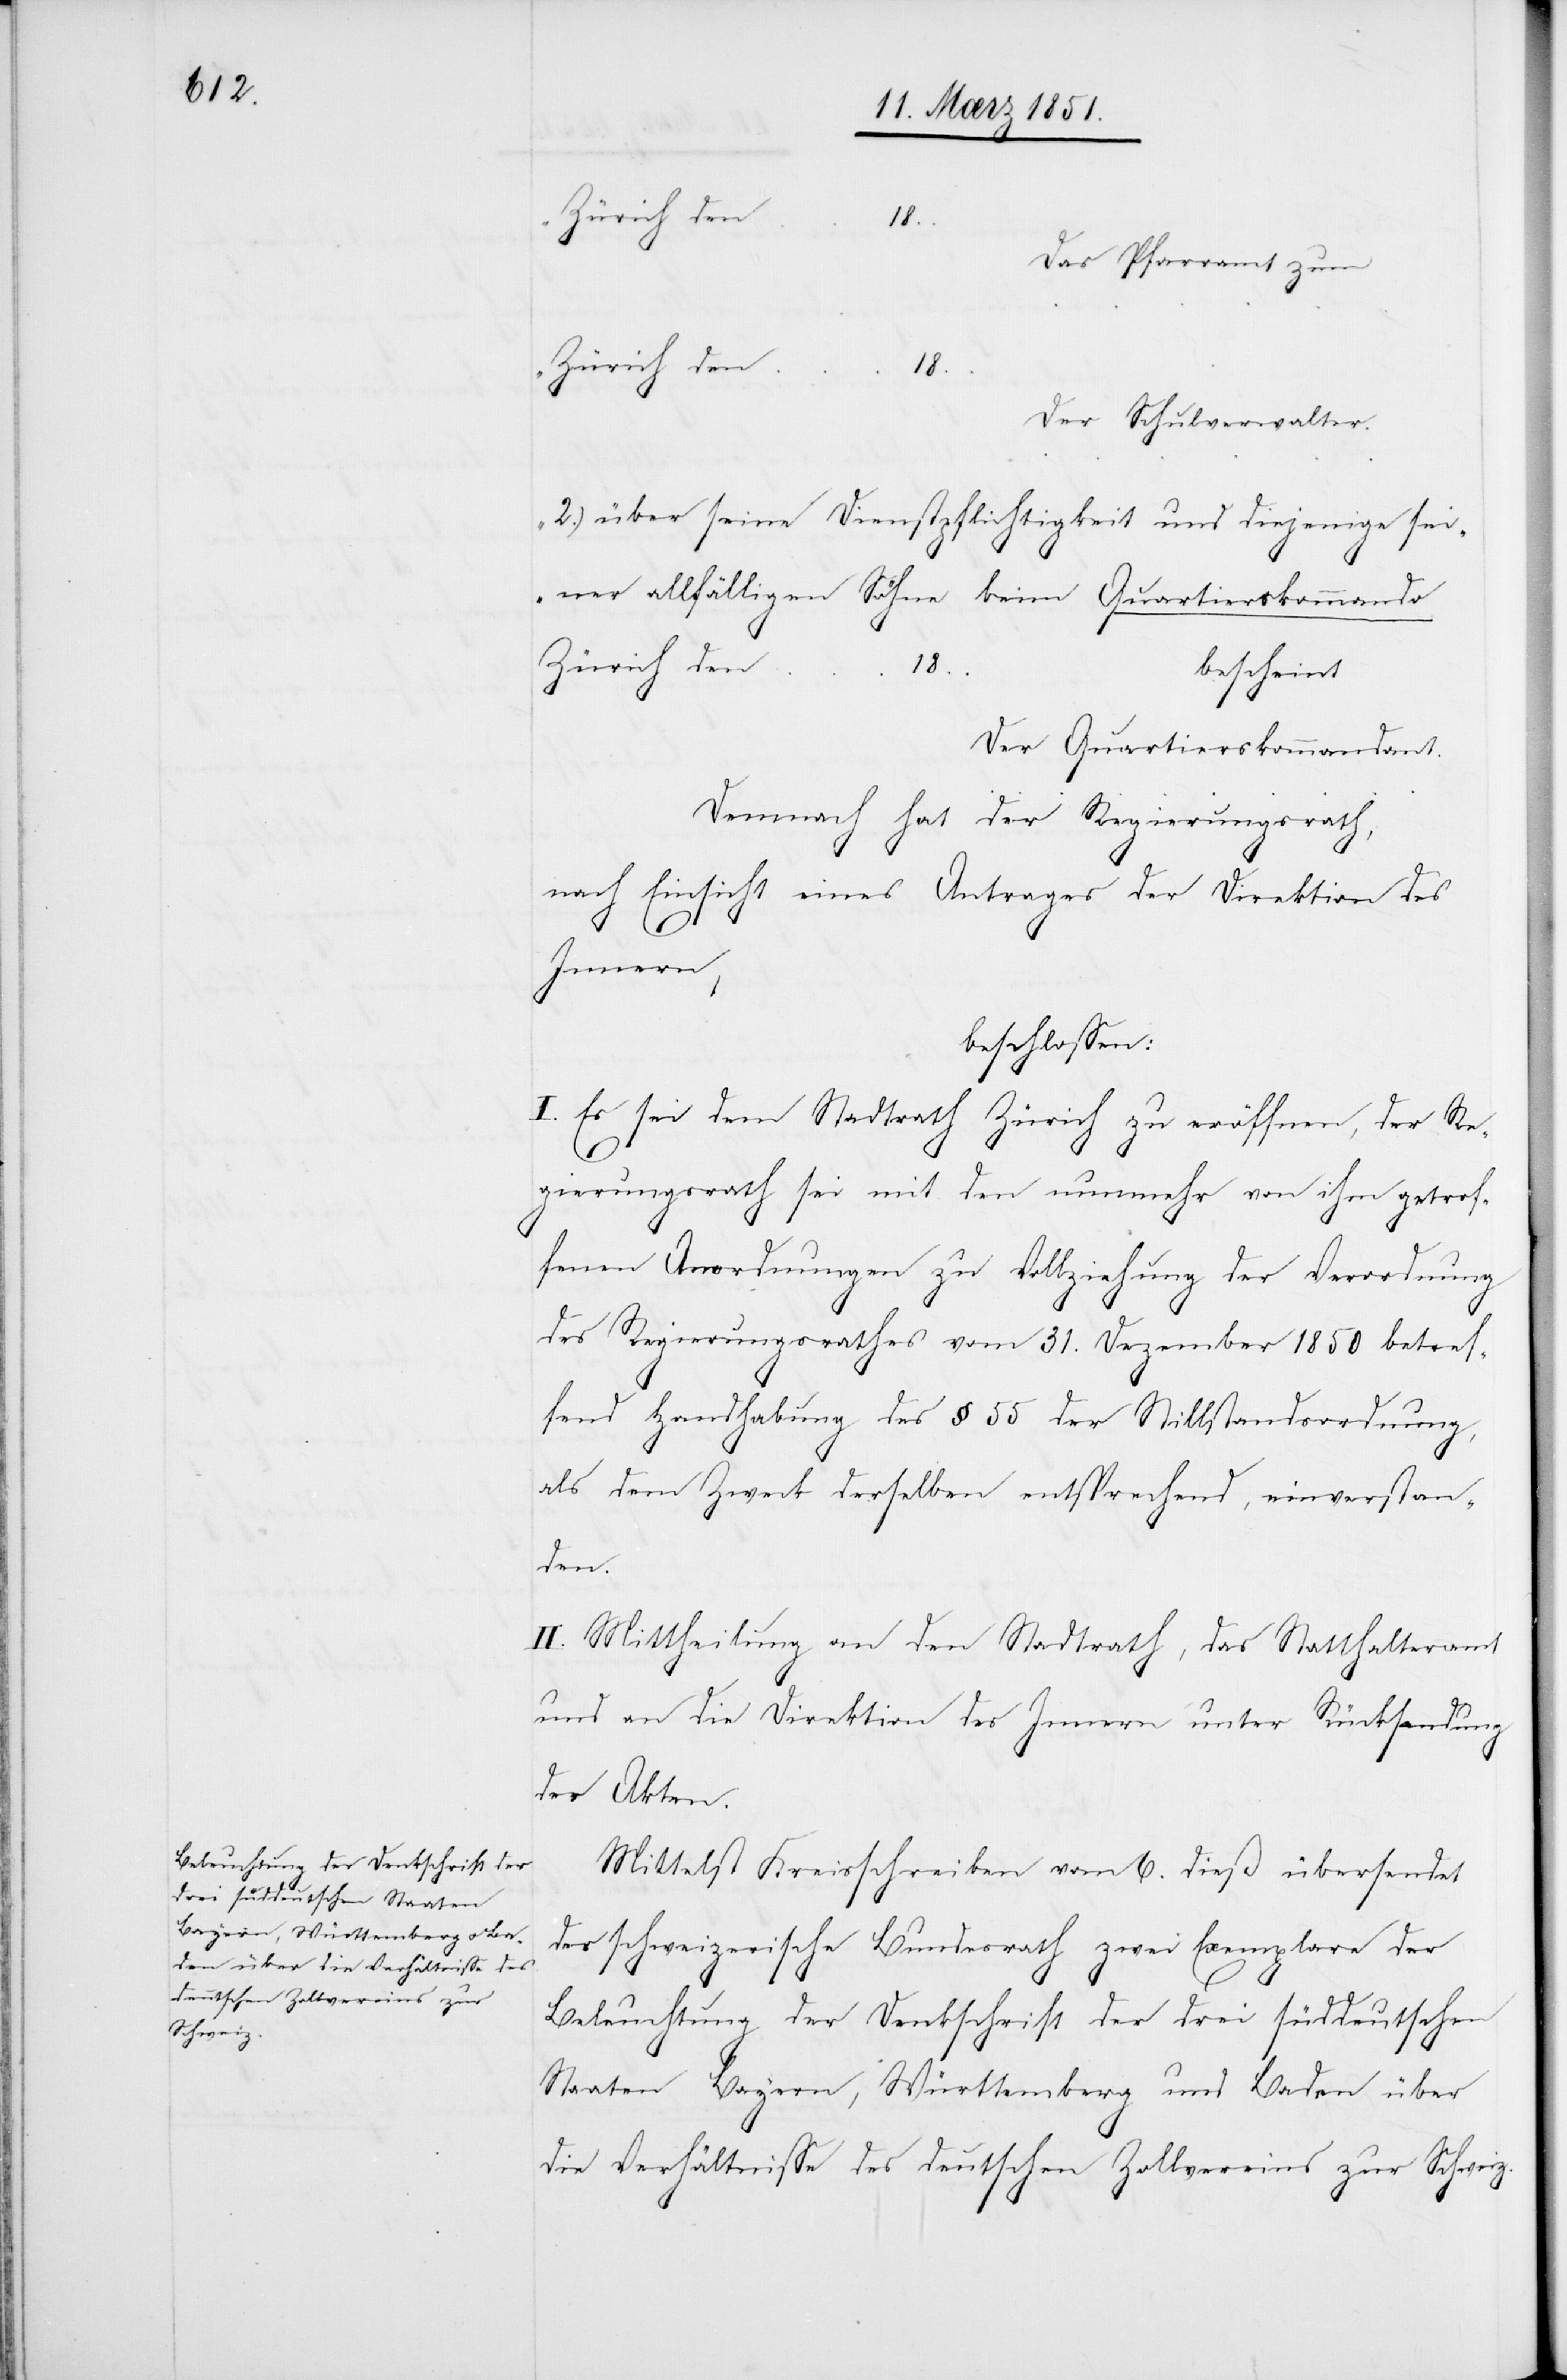
Zürich den
18..
Das Pfarramt zum
Zürich den
18..
Der Schulverwalter.
2.) über seine Dienstpflichtigkeit und diejenige sei¬
ner allfälligen Söhne beim Quartierskommando
bescheint
Der Quartierskommandant.
Demnach hat der Regierungsrath,
nach Einsicht eines Antrages der Direktion des
Innern,
beschlossen:
I. Es sei dem Stadtrath Zürich zu eröffnen, der Re¬
gierungsrath sei mit den nunmehr von ihm getrof¬
fenen Anordnungen zu Vollziehung der Verordnung
des Regierungsrathes vom 31. Dezember 1850 betref¬
fend Handhabung des § 55 der Stillstandsordnung,
als dem Zweck derselben entsprechend, einverstan¬
den.
II. Mittheilung an den Stadtrath, das Statthalteramt
und an die Direktion des Innern unter Rücksendung
der Akten.
Mittelst Kreisschreiben vom 6. dieß übersendet
der schweizerische Bundesrath zwei Exemplare der
Beleuchtung der Denkschrift der drei süddeutschen
Staaten Bayern, Württemberg und Baden über
die Verhältnisse des deutschen Zollvereins zur Schweiz.